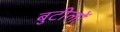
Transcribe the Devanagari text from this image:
बुटीलों